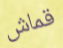
قماش